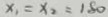
x _ { 1 } = x _ { 2 } = 1 8 0